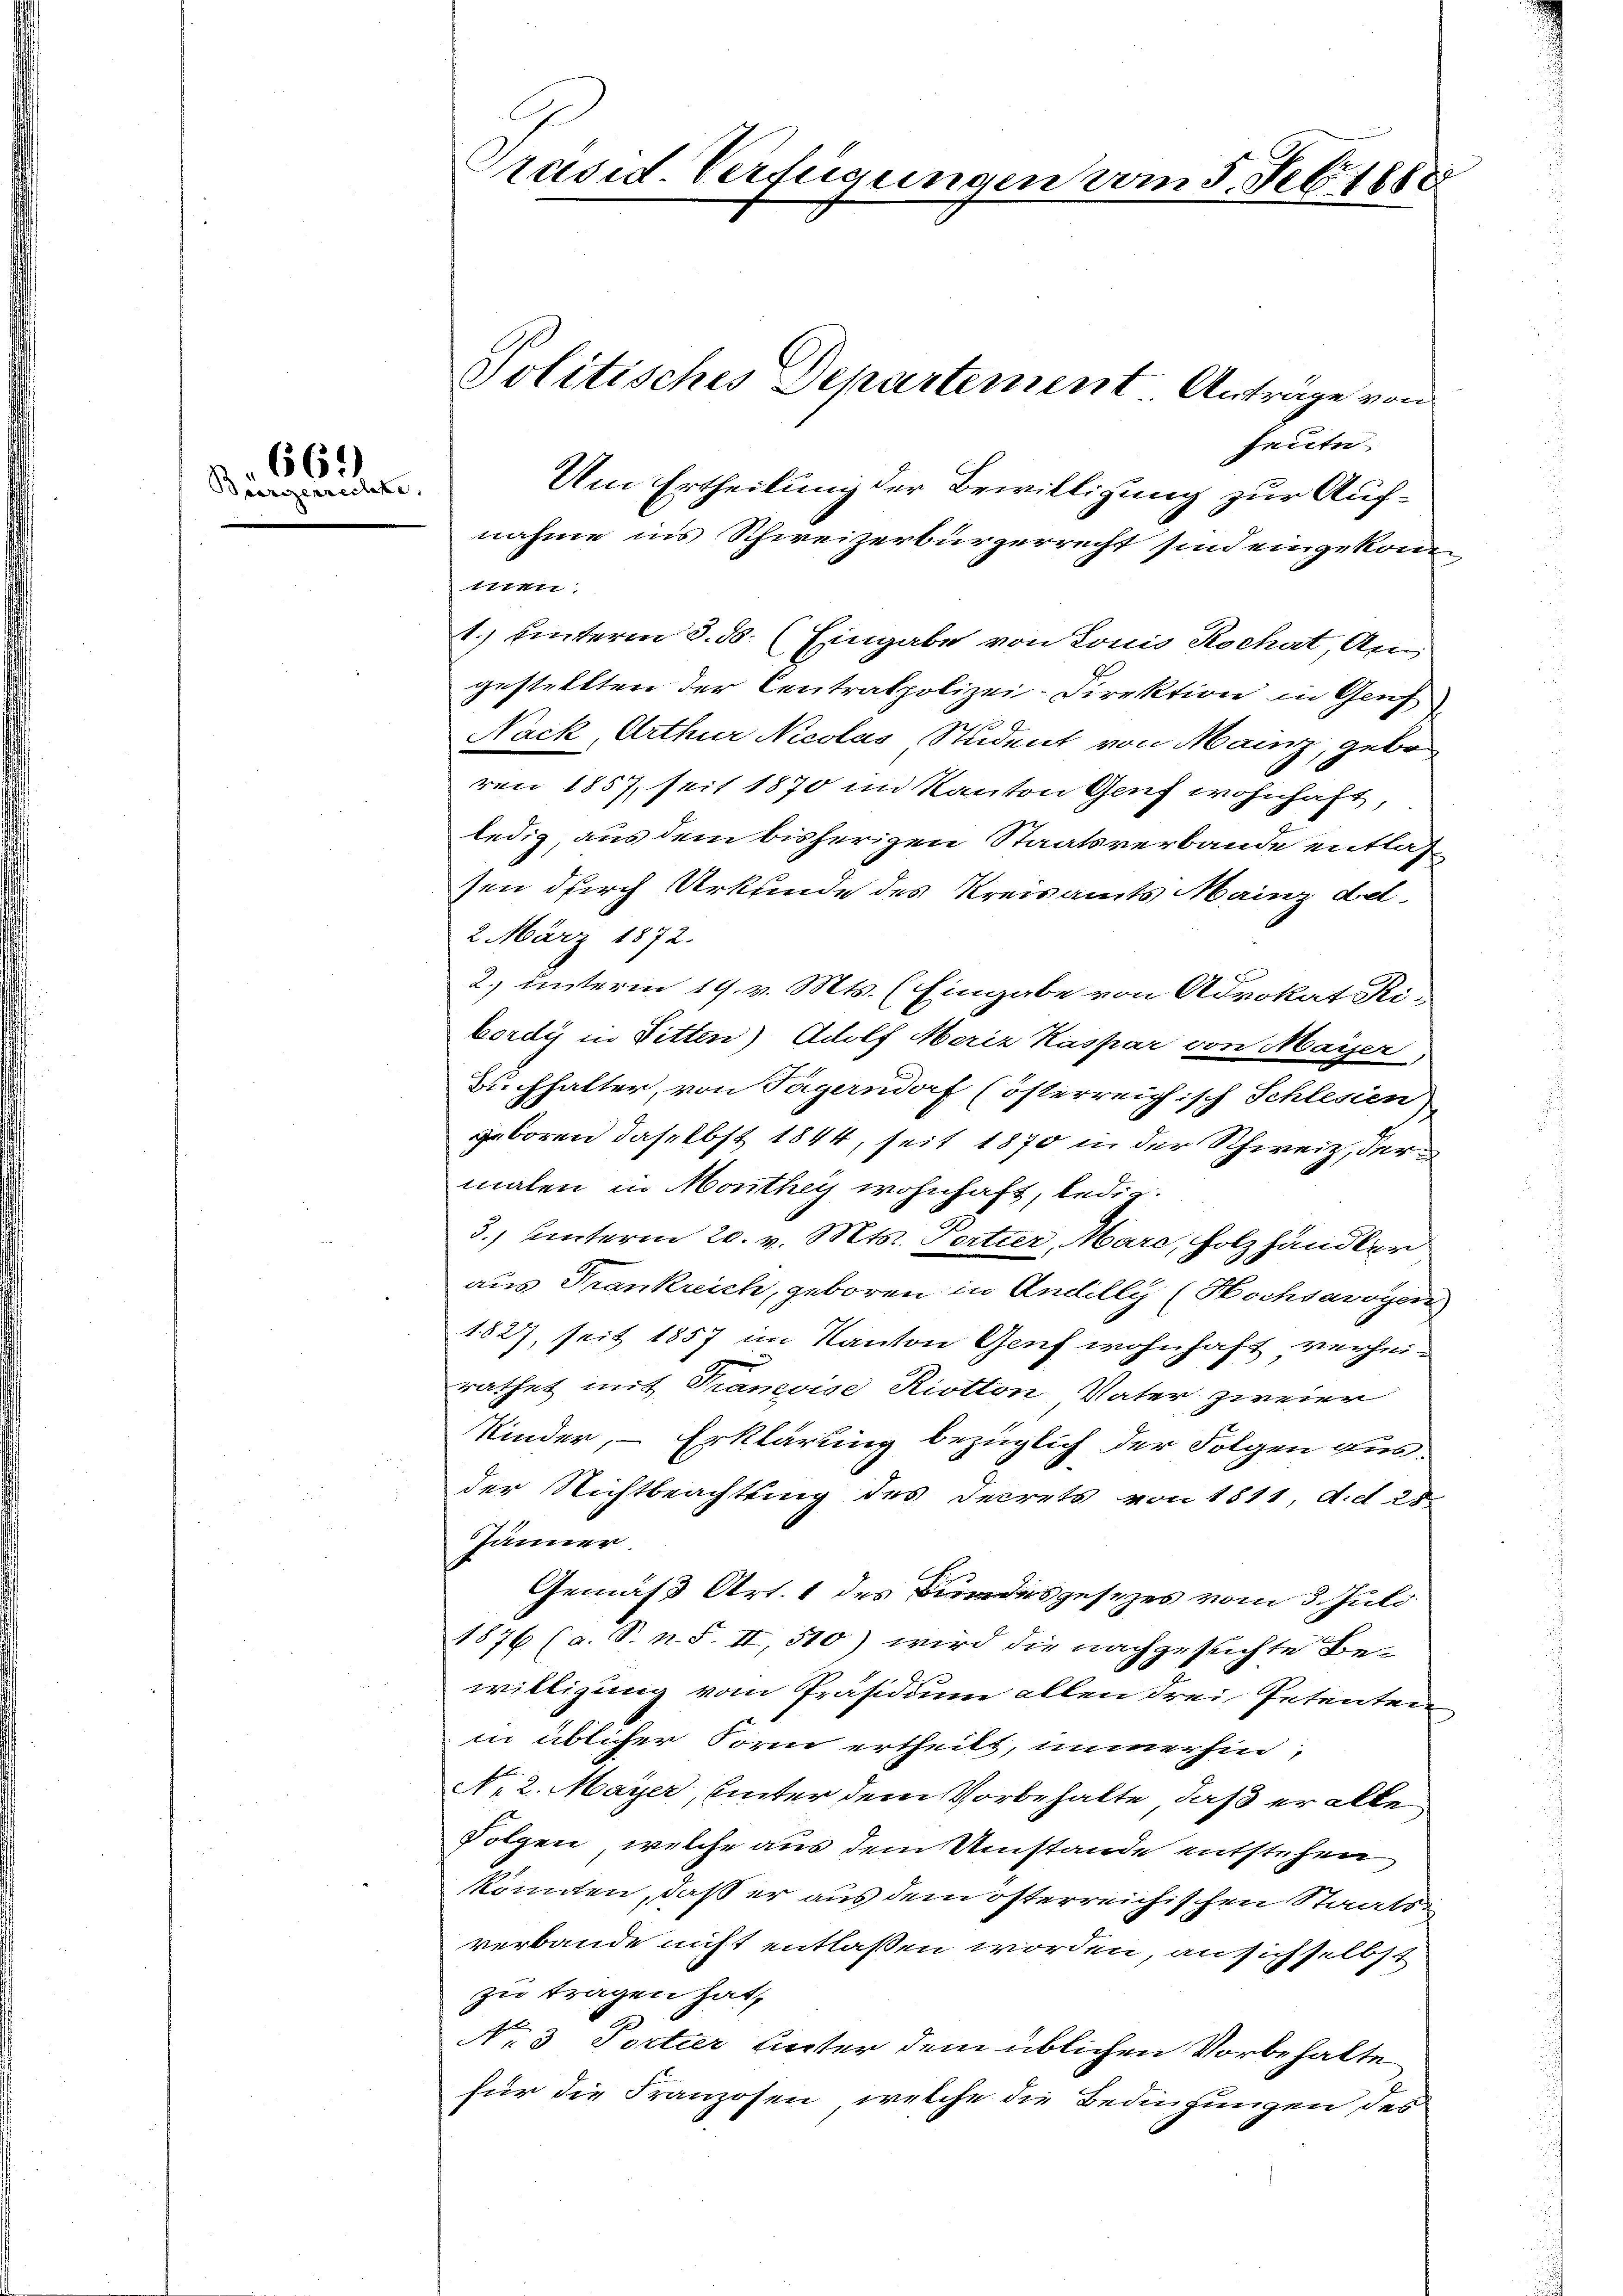
662
Burgerrechte.

Präsid Verfügungen vom 5. Feb. 1888

heute
Um Ertheilung der Bewilligung zur Aufnahme in’s Schweizerbürgerrecht sind eingekom¬
1ten
1.) Unterm 3. ds. (Eingabe von Louis Rochat, An
gestellten der Centralpolizei-Direktion in Genf
Nack, Arthur Nicolas Student von Manz, geboren 1857, seit 1870 im Kanton Genf wohnhaft,
ledig, aus dem bisherigen Staatsverbande entlassen durch Urkunde des Kreisamts Mainz des
2 März 1872.
2.) unterm 19. v. Mts. (Eingabe von Advokat Ribordis in Ditten) Adolf Meriz Kaspar von Mayser
Buchhalter, von Tägerndorf (österreichisch Schlesien
geboren daselbst 1844, seit 1870 in der Schweiz, der
malen in Monthey wohnhaft, ledig.
3.) Unterm 20. v. Mts. Pertier, Marc, Holzhändler
aus Frankreich, geboren in Andilly (Hochsavoyen
1827, seit 1857 im Kanton Genf wohnhaft verheirathet mit Francoise Riotton Vater zweier
Kinder, – Erklärung bezüglich der Folgen ausder Nichtbeachtung des Decrets von 1811, d. d. 25.
Jänner
Gemäß Art. 1 des Bundesgesezes vom 3. Juli
1876 (a. S. n. F. II, 510) wird die nachgesuchte Be-
willigung vom Präsidium allen drei Petenten
in üblicher Form ertheilt, immerhin,
No 2. Mayer, unter dem Vorbehalte, daß er alle
Folgen, welche aus dem Umstände entstehen
könnten, daß er aus dem österreichischen Staats-
verbande nicht entlassen worden, an sich selbst
zu tragen hat,
No 3 Portier Unter dem üblichen Vorbehalte
für die Franzosen, welche die Bedingungen des

Politisches Departement Anträge von